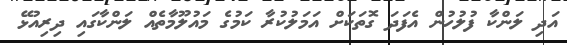
އަދި ލަންކާ ފުލުހުން އެފަދަ ގޮތަކަށް އަމަލުކުރާ ކަމުގެ މައުލޫމާތެއް ލަންކާގައި ދިރިއުޅޭ